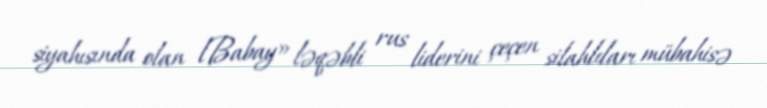
siyahısında olan lBabay» ləqəbli rus liderini çeçen silahlıları mübahisə